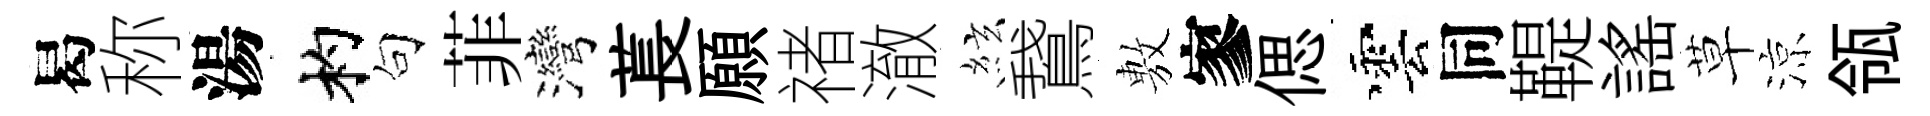
曷称湯杓句菲灣萇願禇澈絃鵞𢾾寥偲雲同鞮謡草涼瓴